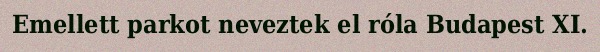
Emellett parkot neveztek el róla Budapest XI.